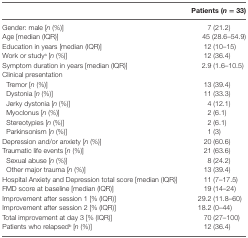
<table><thead><tr><td></td><td><b>Patients (<i>n</i> = 33)</b></td></tr></thead><tbody><tr><td>Gender: male [<i>n</i> (%)]</td><td>7 (21.2)</td></tr><tr><td>Age [median (IQR)]</td><td>45 (28.6–54.9)</td></tr><tr><td>Education in years [median (IQR)]</td><td>12 (10–15)</td></tr><tr><td>Work or study<sup>a</sup> [<i>n</i> (%)]</td><td>12 (36.4)</td></tr><tr><td>Symptom duration in years [median (IQR)]</td><td>2.9 (1.6–10.5)</td></tr><tr><td>Clinical presentation</td><td></td></tr><tr><td> Tremor [<i>n</i> (%)]</td><td>13 (39.4)</td></tr><tr><td> Dystonia [<i>n</i> (%)]</td><td>11 (33.3)</td></tr><tr><td> Jerky dystonia [<i>n</i> (%)]</td><td>4 (12.1)</td></tr><tr><td> Myoclonus [<i>n</i> (%)]</td><td>2 (6.1)</td></tr><tr><td> Stereotypies [<i>n</i> (%)]</td><td>2 (6.1)</td></tr><tr><td> Parkinsonism [<i>n</i> (%)]</td><td>1 (3)</td></tr><tr><td>Depression and/or anxiety [<i>n</i> (%)]</td><td>20 (60.6)</td></tr><tr><td>Traumatic life events [<i>n</i> (%)]</td><td>21 (63.6)</td></tr><tr><td> Sexual abuse [<i>n</i> (%)]</td><td>8 (24.2)</td></tr><tr><td> Other major trauma [<i>n</i> (%)]</td><td>13 (39.4)</td></tr><tr><td>Hospital Anxiety and Depression total score [median (IQR)]</td><td>11 (7–17.5)</td></tr><tr><td>FMD score at baseline [median (IQR)]</td><td>19 (14–24)</td></tr><tr><td>Improvement after session 1 [% (IQR)]</td><td>29.2 (11.8–60)</td></tr><tr><td>Improvement after session 2 [% (IQR)]</td><td>18.2 (0–44)</td></tr><tr><td>Total improvement at day 3 [% (IQR)]</td><td>70 (27–100)</td></tr><tr><td>Patients who relapsed<sup>b</sup> [<i>n</i> (%)]</td><td>12 (36.4)</td></tr></tbody></table>